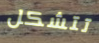
تتشكل